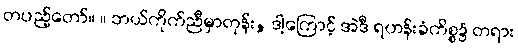
တပည့်တော်။ ။ ဘယ်ကိုက်ညီမှာတုန်း, ဒါ့ကြောင့် အဲဒီ ရဟန်းခံကိစ္စ၌ တရား